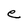
Character: e